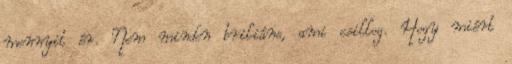
mennyit ér. Nem minden briliáns, ami csillog. Hogy miért